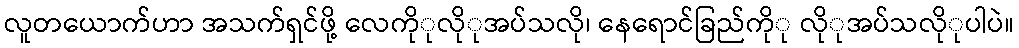
လူတယောက်ဟာ အသက်ရှင်ဖို့ လေကိုုလိုုအပ်သလို၊ နေရောင်ခြည်ကိုု လိုုအပ်သလိုုပါပဲ။